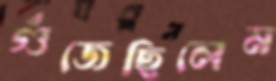
গুঁজেছিলেম